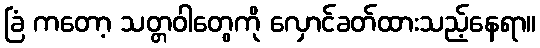
ခြံ ကတော့ သတ္တဝါတွေကို လှောင်ခတ်ထားသည့်နေရာ။